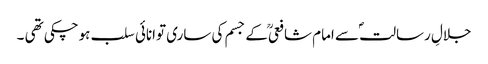
جلالِ رسالتؐ سے امام شافعیؒ کے جسم کی ساری توانائی سلب ہوچکی تھی ۔